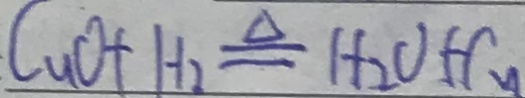
C u O + H _ { 2 } \xlongequal { \Delta } H _ { 2 } O + C u